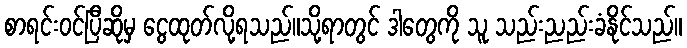
စာရင်းဝင်ပြီဆိုမှ ငွေထုတ်လို့ရသည်။သို့ရာတွင် ဒါတွေကို သူ သည်းညည်းခံနိုင်သည်။